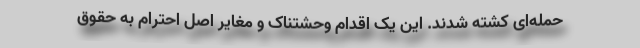
حمله‌ای کشته شدند. این یک اقدام وحشتناک و مغایر اصل احترام به حقوق